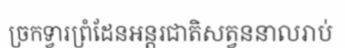
ច្រកទ្វារព្រំដែនអន្តរជាតិសត្វននាលរាប់